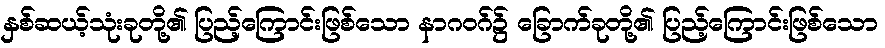
နှစ်ဆယ့်သုံးခုတို့၏ ပြည့်ကြောင်းဖြစ်သော နာဂဝဂ်၌ ခြောက်ခုတို့၏ ပြည့်ကြောင်းဖြစ်သော